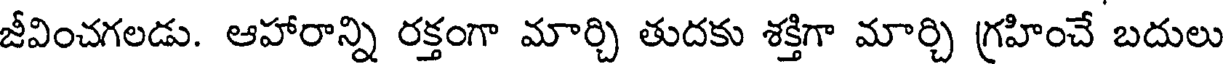
జీవించగలడు. ఆహారాన్ని రక్తంగా మార్చి తుదకు శక్తిగా మార్చి గ్రహించే బదులు